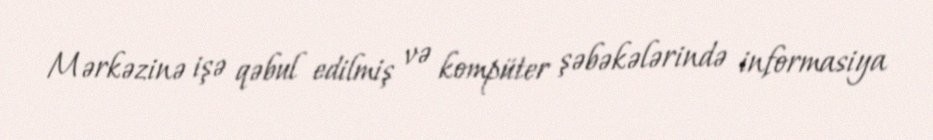
Mərkəzinə işə qəbul edilmiş və kompüter şəbəkələrində informasiya